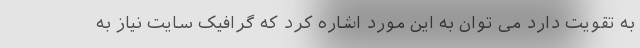
به تقویت دارد می توان به این مورد اشاره کرد که گرافیک سایت نیاز به